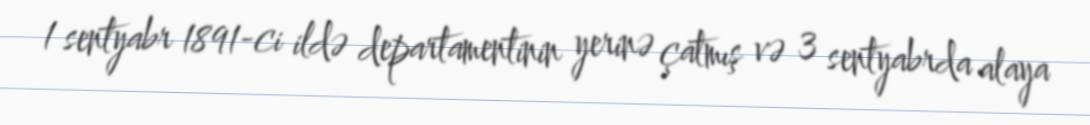
1 sentyabr 1891-ci ildə departamentinin yerinə çatmış və 3 sentyabrda alaya